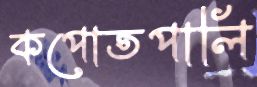
কপোতপালি